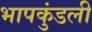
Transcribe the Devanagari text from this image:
भापकुंडली